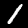
Digit: 1